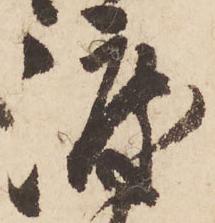
渡